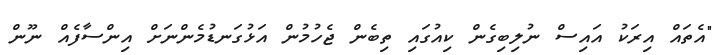
"އެތައް އިރަކު އައިސް ނުލިބިގެން ކިއުގައި ތިބެން ޖެހުމުން އަޅުގަނޑުމެންނަށް އިންސާފެއް ނޫން